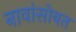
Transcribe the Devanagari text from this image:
नावांसोबत